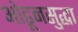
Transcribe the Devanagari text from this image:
ओढूनसुद्धा